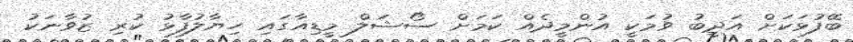
ބޭފުޅަކަށް އަދީބު ވުމަކީ އުންމީދެއް ކަމަށް ސޯޝަލް މީޑިއާގައި ހިޔާލުފާޅު ކުރި ޒުވާނަކު